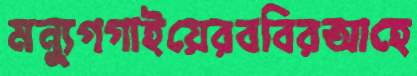
মন্যুগগাইয়েরববিরআহে